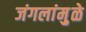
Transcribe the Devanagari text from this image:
जंगलांमु़ळे